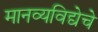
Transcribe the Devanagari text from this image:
मानव्यविद्येचे